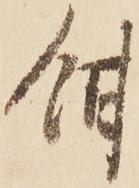
餌